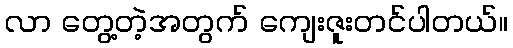
လာ တွေ့တဲ့အတွက် ကျေးဇူးတင်ပါတယ်။